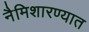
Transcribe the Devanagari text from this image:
नैमिशारण्यात